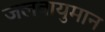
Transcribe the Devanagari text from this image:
जलवायुमान